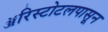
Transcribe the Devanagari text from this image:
ॲरिस्टोटलपासून